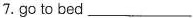
7.go to bed ___